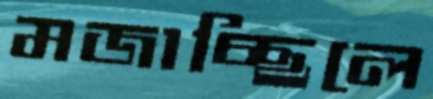
মজাচ্ছিলে